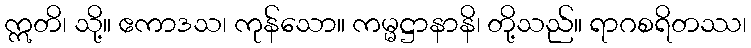
ဣတိ၊ သို့။ ဧကာဒသ၊ ကုန်သော။ ကမ္မဋ္ဌာနာနိ၊ တို့သည်။ ရာဂစရိတဿ၊